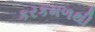
કરકમળથી